Leaving Certificate Examination, 1920
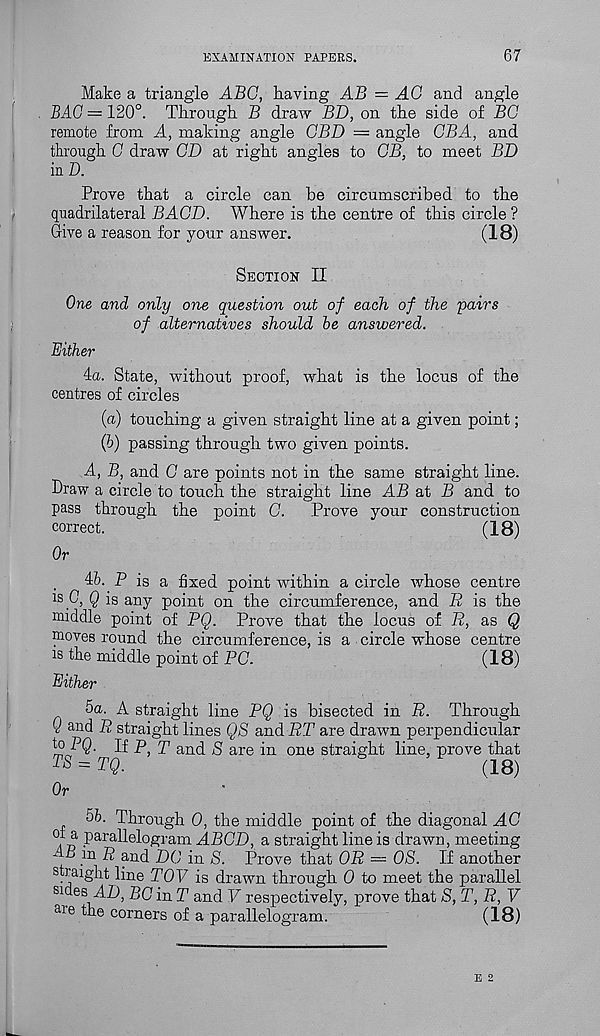
EXAMINATION PAPERS.
67
Make a triangle ABC, having AB = AG and angle
BAG — 120°. Through. B draw BD, on the side of BO
remote from A, making angle GBD — angle GBA, and
through G draw OD at right angles to GB, to meet BD
in D.
Prove that a circle can be circumscribed to the
quadrilateral BAGD. Where is the centre of this circle ?
Give a reason for your answer.
(18)
Section II
One and only one question out of each of the 'pairs
of alternatives should be answered.
Either
4a. State, without proof, what is the locus of the
centres of circles
(a) touching a given straight line at a given point;
(h) passing through two given points.
A, B, and G are points not in the same straight line.
Draw a circle to touch the straight line AB at B and to
pass through the point G.
Prove your construction
correct.
(18)
Or
Ab. P is a fixed point within a circle whose centre
is 0, Q is any point on the circumference, and R is the
middle point of PQ. Prove that the locus of R, as Q
moves round the circumference, is a circle whose centre
is the middle point of PC.
(18)
Either
5a. A straight line PQ is bisected in R. Through
Q and R straight lines QS and RT are drawn perpendicular
to PQ. If P, p and S are in one straight line, prove that
Ts = TQ.
(18)
Or
5b. Through 0, the middle point of the diagonal AG
id P ara De|lgram ABCD, a straight line is drawn, meeting
AB in R and DC in S. Prove that OR = 08. If another
straight line POT is drawn through 0 to meet the parallel
sides AD, BG in T and V respectively, prove that S, T, R, V
aie the corners of a parallelogram.
(18)